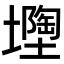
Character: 𡒘